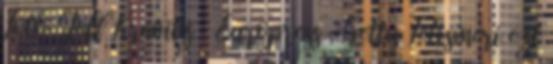
Fotó: Jeff Kravitz Europress Getty Felismeri ezt